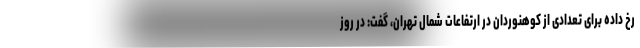
رخ داده برای تعدادی از کوهنوردان در ارتفاعات شمال تهران، گفت: در روز